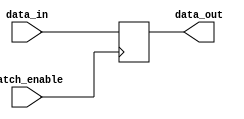
module transparent_latch (
    input data_in,
    input latch_enable,
    output reg data_out
);

always @ (posedge latch_enable)
begin
    if (latch_enable)
        data_out <= data_in;
end

endmodule